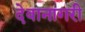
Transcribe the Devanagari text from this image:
देवानागरी